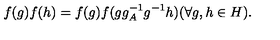
f ( g ) f ( h ) = f ( g ) f ( g g _ { A } ^ { - 1 } g ^ { - 1 } h ) ( \forall g , h \in H ) .